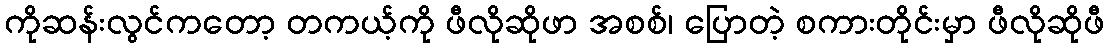
ကိုဆန်းလွင်ကတော့ တကယ့်ကို ဖီလိုဆိုဖာ အစစ်၊ ပြောတဲ့ စကားတိုင်းမှာ ဖီလိုဆိုဖီ